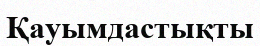
Қауымдастықты